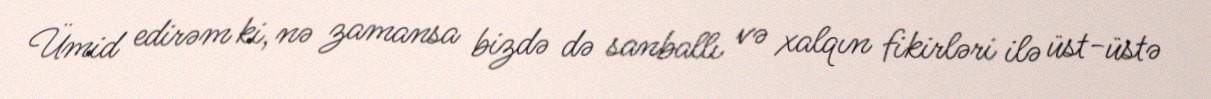
Ümid edirəm ki, nə zamansa bizdə də sanballı və xalqın fikirləri ilə üst-üstə